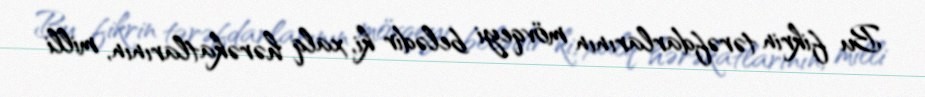
Bu fikrin tərəfdarlarının mövqeyi belədir ki, xalq hərəkatlarının, milli